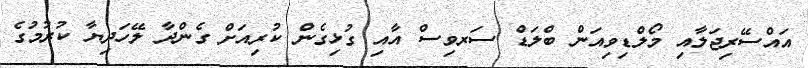
އައްސޭރިޖަލާއި މޯލްޑިވިއަން ބްލަޑް ސަރވިސް އާއި ގުޅިގެން ކުރިއަށް ގެންދާ ލޭހަދިޔާ ކުރުމުގެ